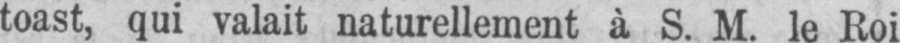
toast, qui valait naturellement à S. M. le Roi